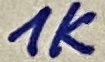
Text: 1K